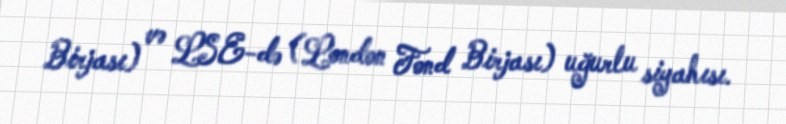
Birjası) və LSE-də (London Fond Birjası) uğurlu siyahısı.